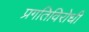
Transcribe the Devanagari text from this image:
प्रगतिविरोधी